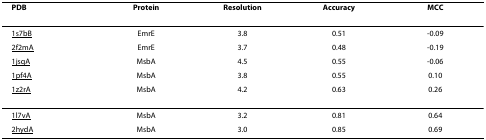
| PDB | Protein | Resolution | Accuracy | MCC |
 | --- | --- | --- | --- | --- |
 | 1s7bB | EmrE | 3.8 | 0.51 | -0.09 |
 | 2f2mA | EmrE | 3.7 | 0.48 | -0.19 |
 | 1jsqA | MsbA | 4.5 | 0.55 | -0.06 |
 | 1pf4A | MsbA | 3.8 | 0.55 | 0.10 |
 | 1z2rA | MsbA | 4.2 | 0.63 | 0.26 |
 | 1l7vA | MsbA | 3.2 | 0.81 | 0.64 |
 | 2hydA | MsbA | 3.0 | 0.85 | 0.69 |